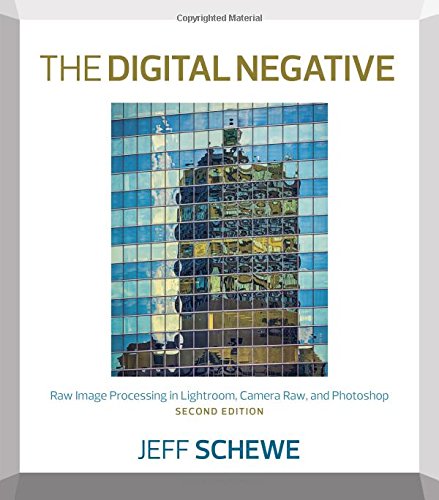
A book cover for The Digital Negative: Raw Image Processing in Lightroom, Camera Raw, and Photoshop (2nd Edition); Jeff Schewe; Arts & Photography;